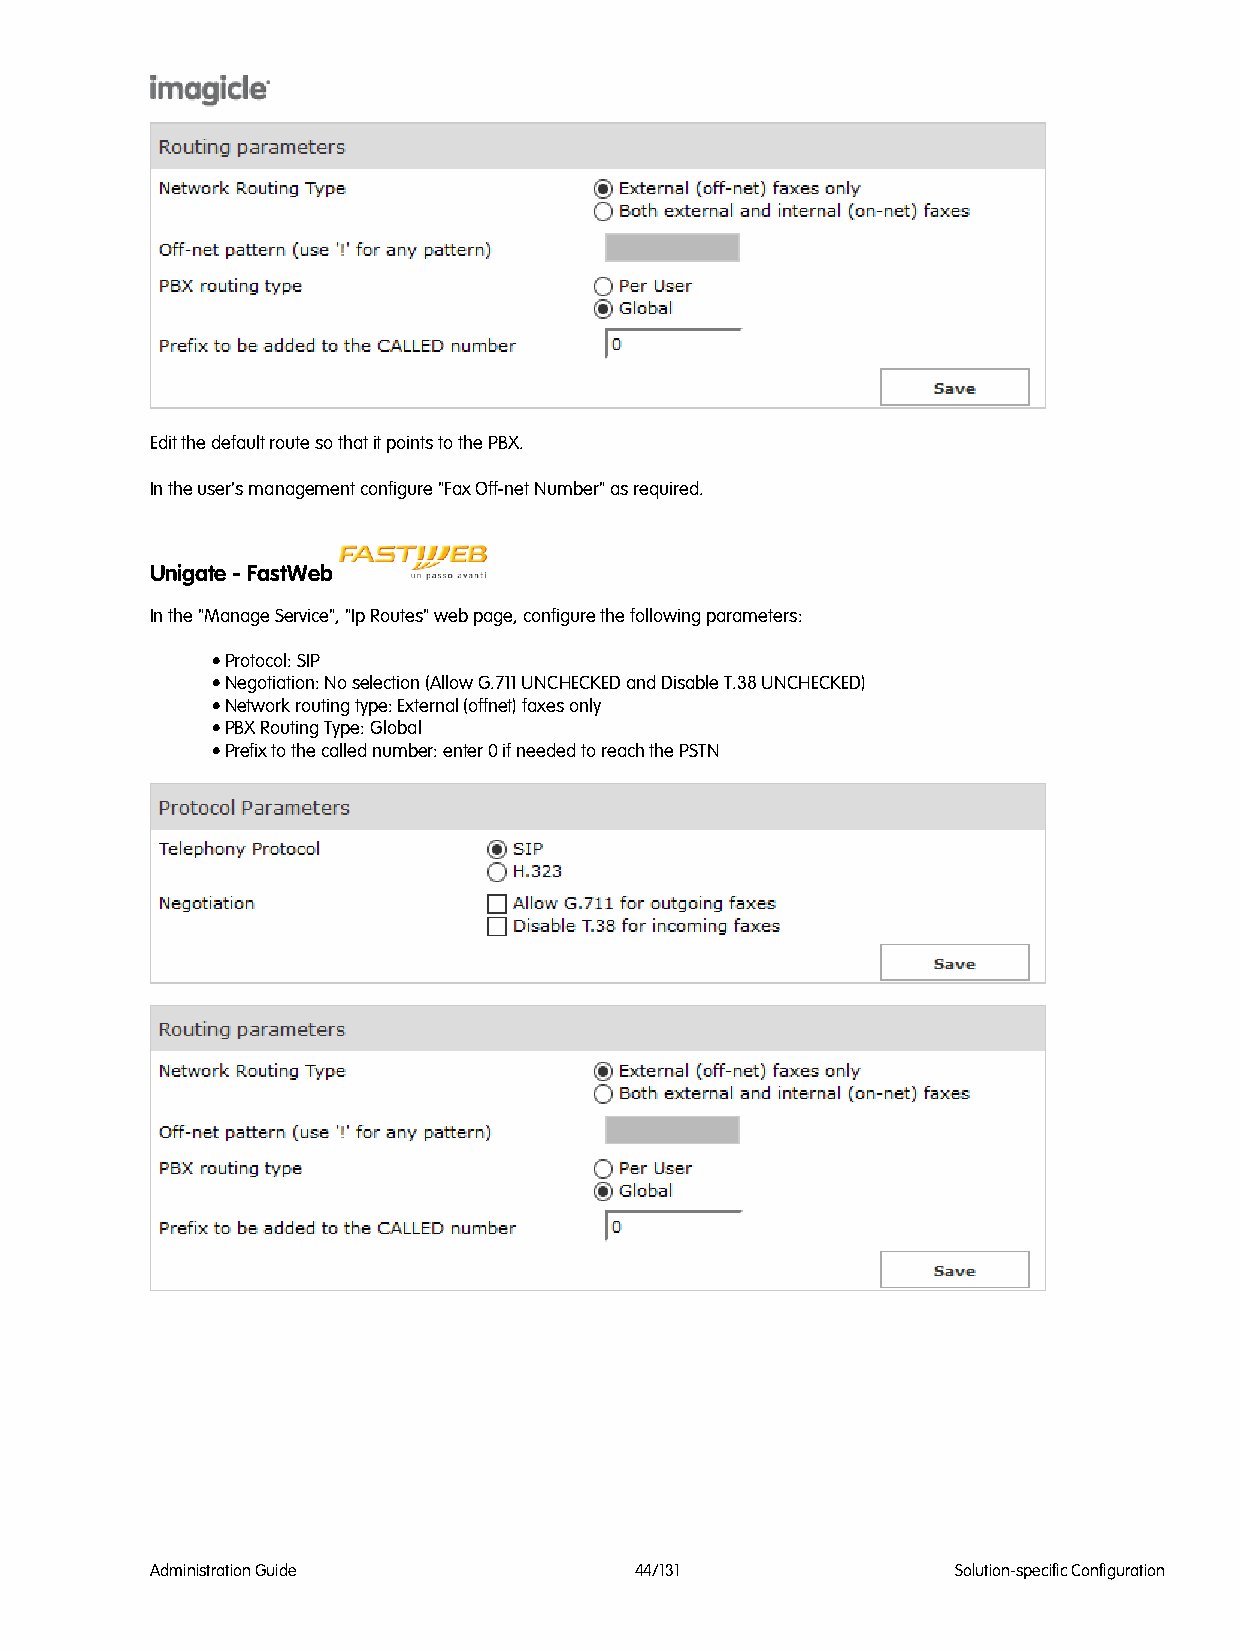
Edit the default route so that it points to the PBX.
 In the user's management configure "Fax Off-net Number" as required.
 Unigate - FastWeb
 In the "Manage Service", "Ip Routes" web page, configure the following parameters:
 • Protocol: SIP
 • Negotiation: No selection (Allow G.711 UNCHECKED and Disable T.38 UNCHECKED)
 • Network routing type: External (offnet) faxes only
 • PBX Routing Type: Global
 • Prefix to the called number: enter 0 if needed to reach the PSTN
 Administration Guide            44/131               Solution-specific Configuration